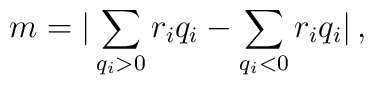
m  =  |\sum_{q_{i}>0}r_{i} q_{i} -\sum_{q_{i}<0}r_{i} q_{i}|\, ,